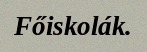
Főiskolák.